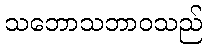
သဘောသဘာဝသည်